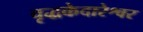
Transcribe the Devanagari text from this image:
वृद्धकेदारेश्वर